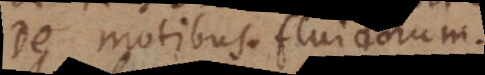
De motibus fluidorum.